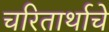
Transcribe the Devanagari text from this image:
चरितार्थाचे